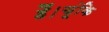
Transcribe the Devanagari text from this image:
हैं।चूंकि